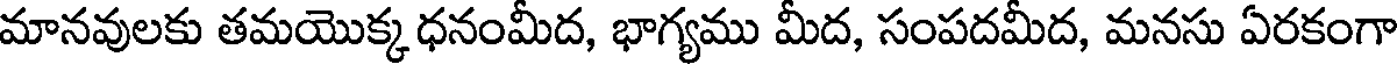
మానవులకు తమయొక్క ధనంమీద, భాగ్యము మీద, సంపదమీద, మనసు ఏరకంగా